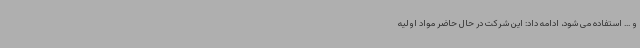
و ... استفاده می شود، ادامه داد: این شرکت در حال حاضر مواد اولیه